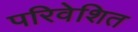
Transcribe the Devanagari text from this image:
परिवेशित